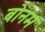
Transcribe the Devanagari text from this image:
बोनम